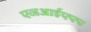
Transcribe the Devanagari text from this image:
एनआईएएए